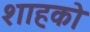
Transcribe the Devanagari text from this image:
शाहको